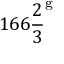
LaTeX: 1 6 6 { \frac { 2 } { 3 } } ^ { \mathrm { g } }